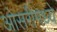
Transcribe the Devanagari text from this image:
ओसरीमध्ये